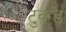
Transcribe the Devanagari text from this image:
टुक़ड़े